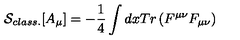
{ \cal S } _ { c l a s s . } [ A _ { \mu } ] = - { \frac { 1 } { 4 } } \int d x T r \left( F ^ { \mu \nu } F _ { \mu \nu } \right)